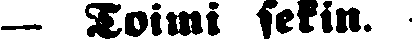
— Toimi sekin.